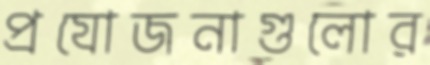
প্রযোজনাগুলোর